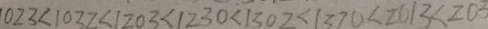
0 2 3 < 1 0 3 2 < 1 2 0 3 < 1 2 3 0 < 1 3 0 2 < 1 3 7 0 < 2 0 1 3 < 2 0 3